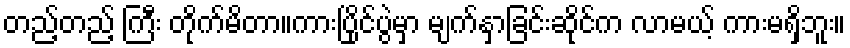
တည့်တည့် ကြီး တိုက်မိတာ။ကားပြိုင်ပွဲမှာ မျက်နှာခြင်းဆိုင်က လာမယ့် ကားမရှိဘူး။